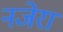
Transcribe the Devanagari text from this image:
नजेरा